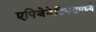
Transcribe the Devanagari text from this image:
एपिजेनेटिक्समध्ये